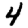
Digit: 4